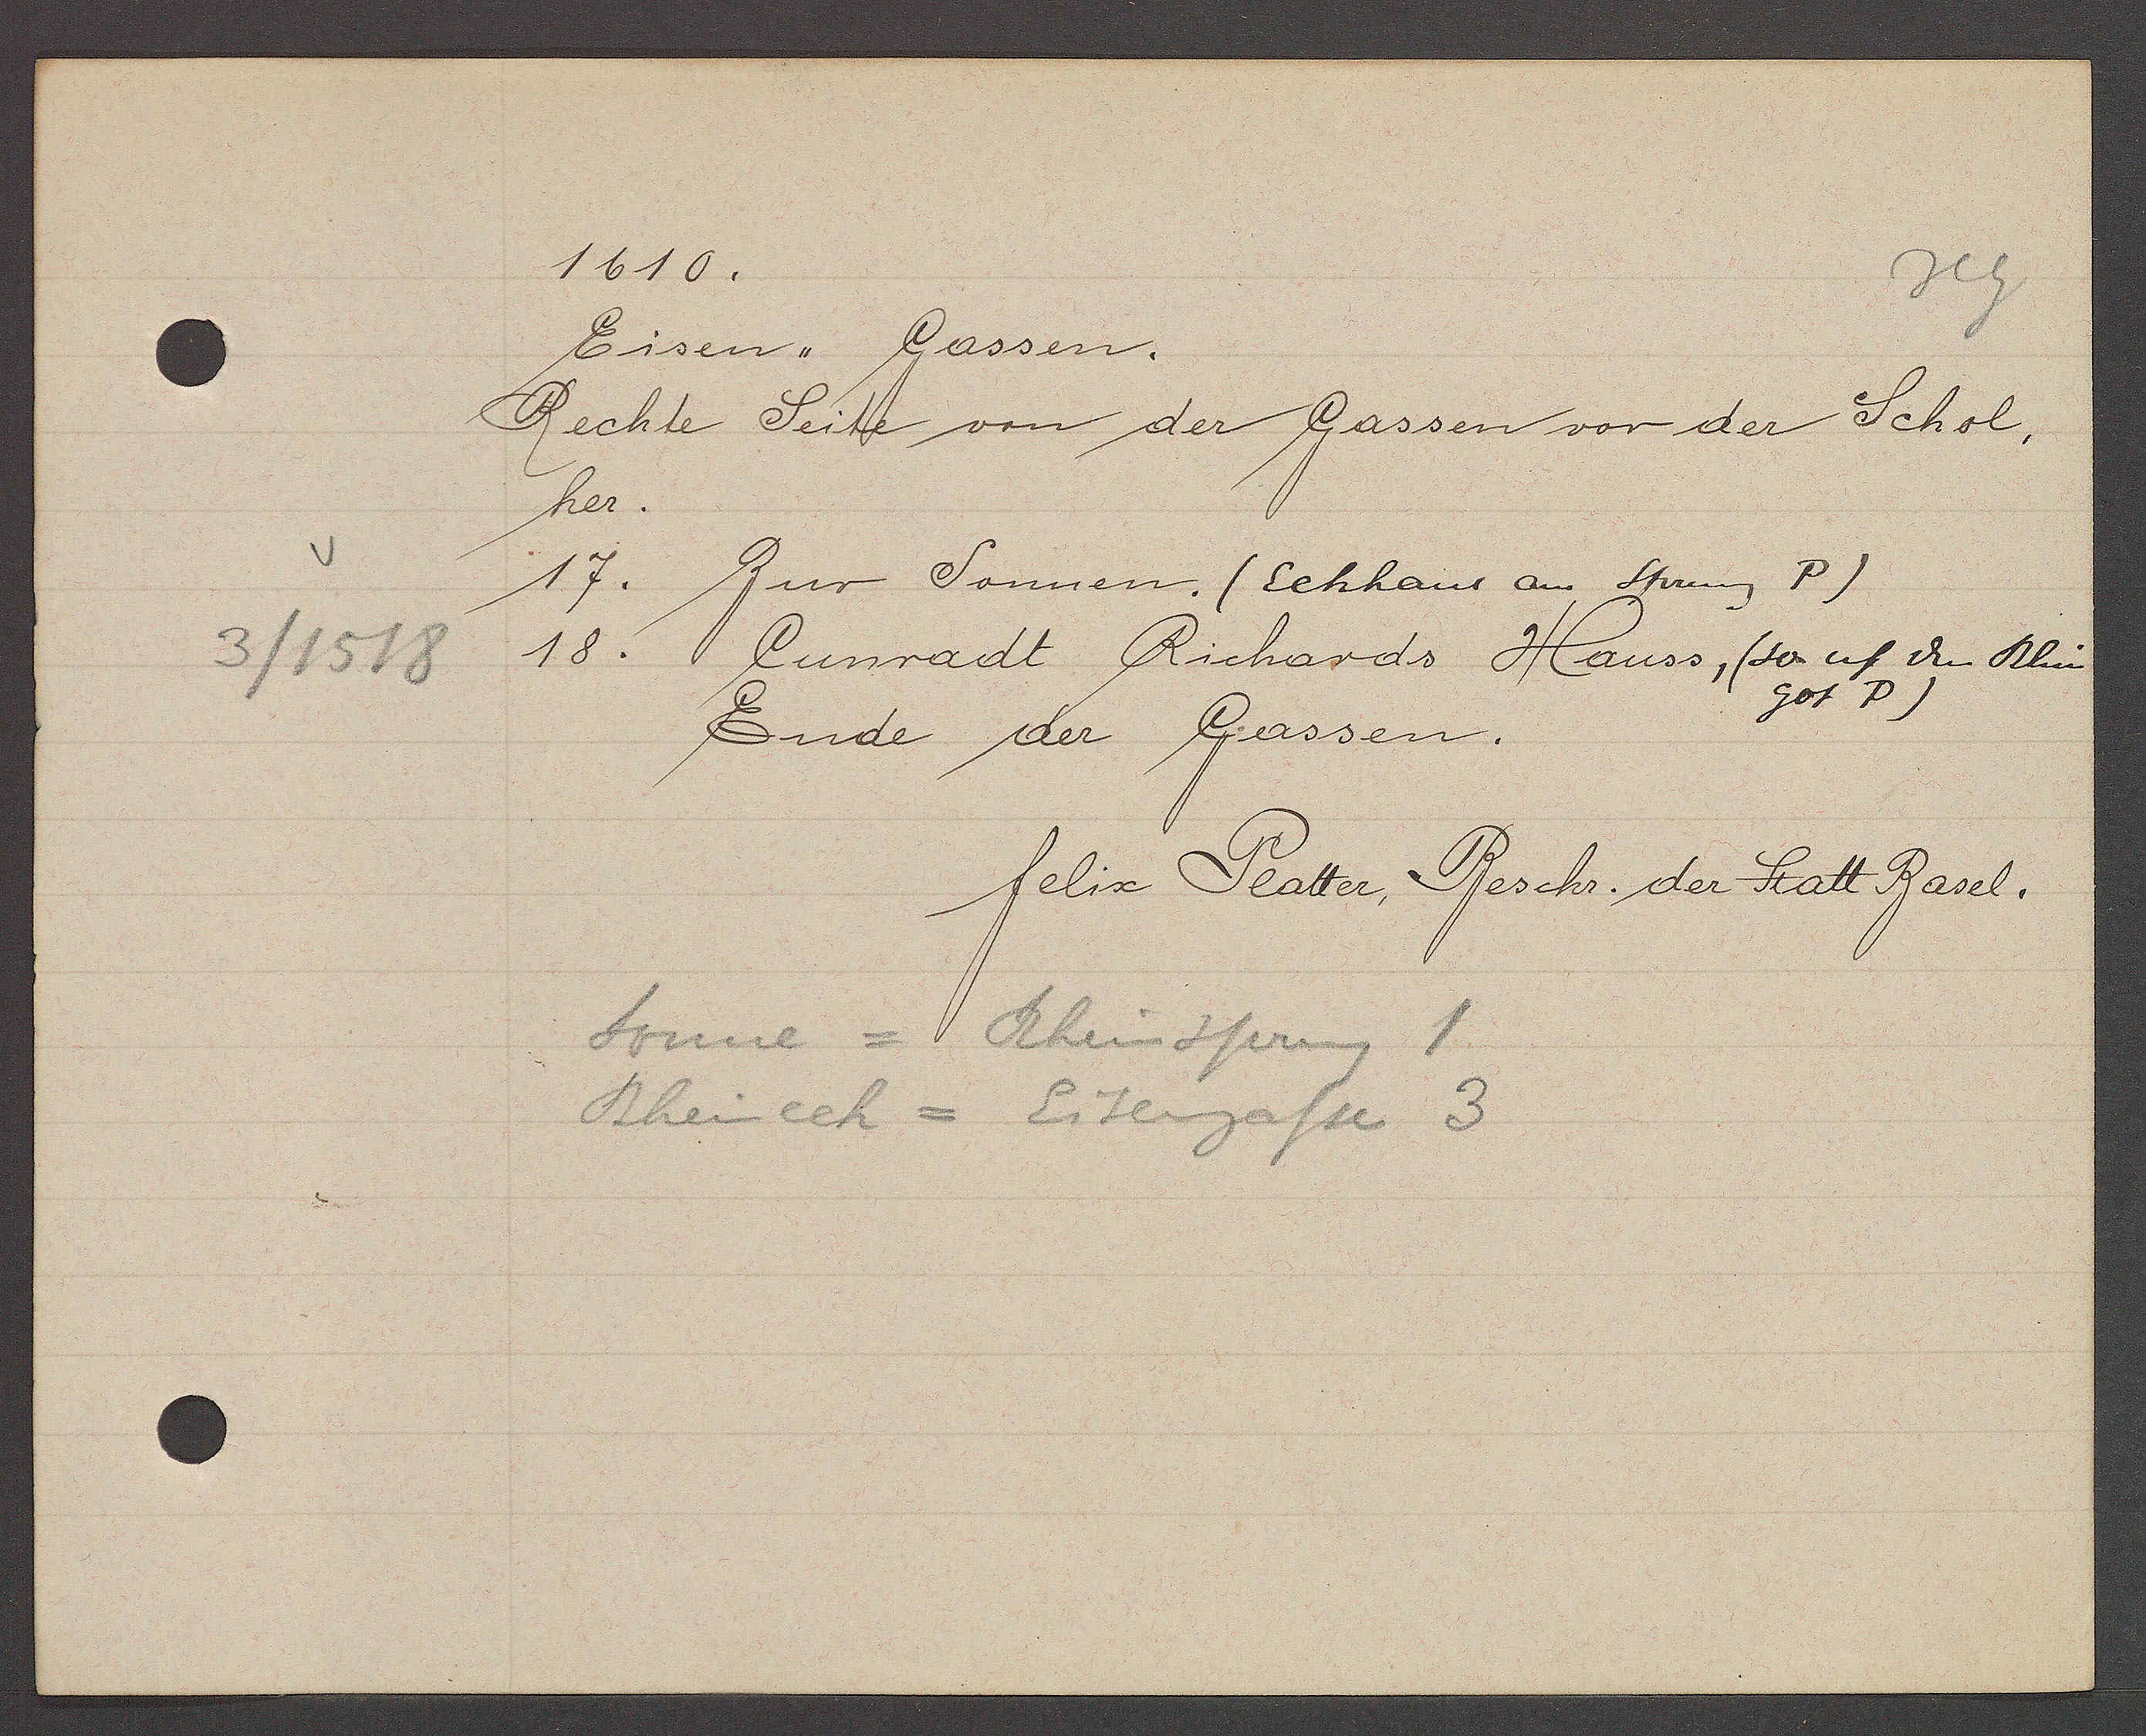
Transcript:
3/1518

1610.

Eisen,, Gassen.
Rechte Seite von der Gassen vor der Schol,
her.
17. Zur Sonnen. (Eckhaus am Sprung P)
18. Cunradt Richards Hauss, (so uf den Rhin
got P)
Ende der Gassen.

felix Platter, Beschr. der Statt Basel.

Sonne = Rheinsprung 1
Rheinech = Eisengasse 3